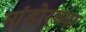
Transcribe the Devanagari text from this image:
मांडोरच्या